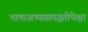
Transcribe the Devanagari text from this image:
भाषाअभ्यासपद्धतीपेक्षा